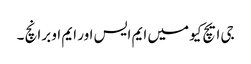
جی ایچ کیو میں ایم ایس اور ایم او برانچ ۔